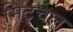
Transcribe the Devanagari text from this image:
मिट्चल